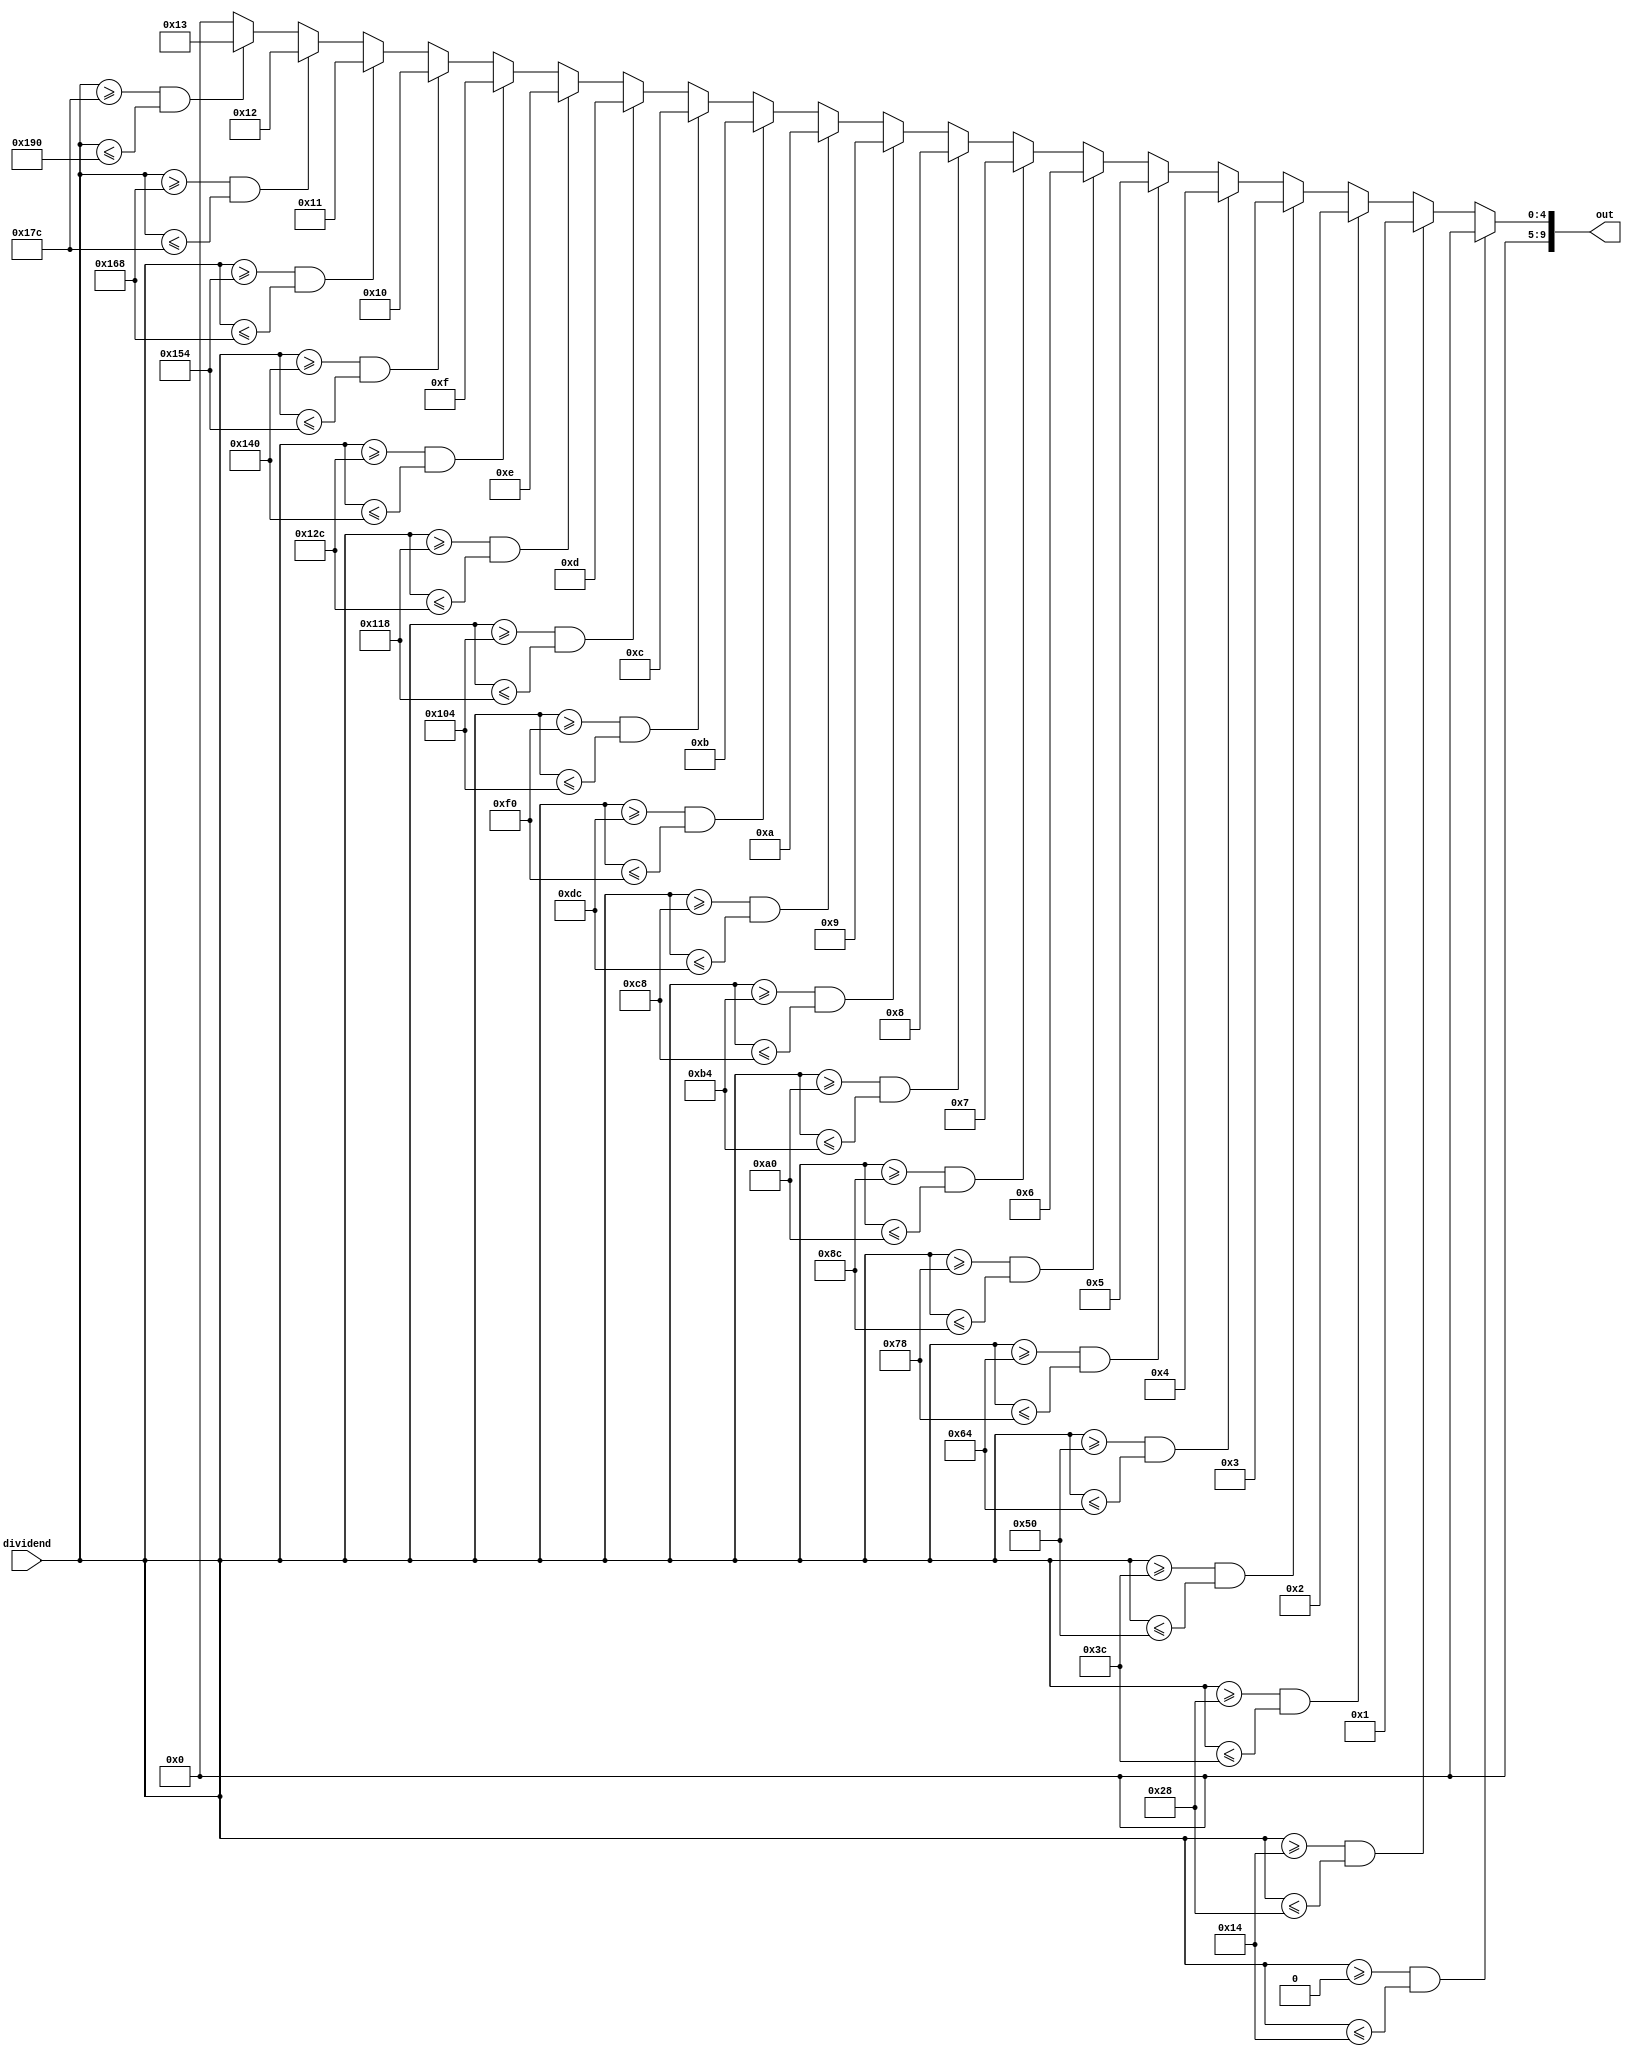
module twenty_division(
           input [9:0] dividend,
           output reg [9:0] out
       );
always@(*) begin
    if(dividend >= 0 && dividend <= 20) begin
        out = 0;
    end
    else if(dividend >= 20 && dividend <= 40) begin
        out = 1;
    end
    else if(dividend >= 40 && dividend <= 60) begin
        out = 2;
    end
    else if(dividend >= 60 && dividend <= 80) begin
        out = 3;
    end
    else if(dividend >= 80 && dividend <= 100) begin
        out = 4;
    end
    else if(dividend >= 100 && dividend <= 120) begin
        out = 5;
    end
    else if(dividend >= 120 && dividend <= 140) begin
        out = 6;
    end
    else if(dividend >= 140 && dividend <= 160) begin
        out = 7;
    end
    else if(dividend >= 160 && dividend <= 180) begin
        out = 8;
    end
    else if(dividend >= 180 && dividend <= 200) begin
        out = 9;
    end
    else if(dividend >= 200 && dividend <= 220) begin
        out = 10;
    end
    else if(dividend >= 220 && dividend <= 240) begin
        out = 11;
    end
    else if(dividend >= 240 && dividend <= 260) begin
        out = 12;
    end
    else if(dividend >= 260 && dividend <= 280) begin
        out = 13;
    end
    else if(dividend >= 280 && dividend <= 300) begin
        out = 14;
    end
    else if(dividend >= 300 && dividend <= 320) begin
        out = 15;
    end
    else if(dividend >= 320 && dividend <= 340) begin
        out = 16;
    end
    else if(dividend >= 340 && dividend <= 360) begin
        out = 17;
    end
    else if(dividend >= 360 && dividend <= 380) begin
        out = 18;
    end
    else if(dividend >= 380 && dividend <= 400) begin
        out = 19;
    end
    else begin
        out = 0;
    end
end
endmodule